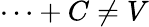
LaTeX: \cdots+C\neq V